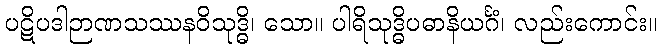
ပဋိပဒါဉာဏသဿနဝိသုဒ္ဓိ၊ သော။ ပါရိသုဒ္ဓိပဓာနိယင်္ဂံ၊ လည်းကောင်း။